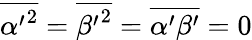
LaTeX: \overline{{{\alpha^{\prime}}^{2}}}=\overline{{{\beta^{\prime}}^{2}}}=\overline{{\alpha^{\prime}\beta^{\prime}}}=0